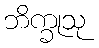
ဘိက္ခုသု